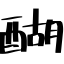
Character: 醐